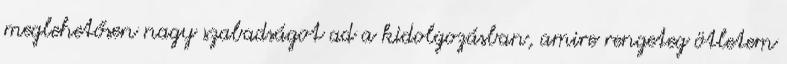
meglehetősen nagy szabadságot ad a kidolgozásban, amire rengeteg ötletem